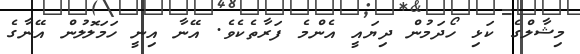
މިޝާލްގެ ކަޅި ހޯދަމުން ދިޔައީ އެންމެ ފަރާތެކެވެ. އޭނާ އިނީ ހަމަލޮލުން އޭނާގެ